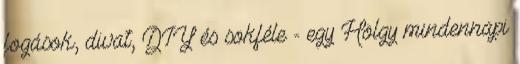
fogások, divat, DIY és sokféle - egy Hölgy mindennapi